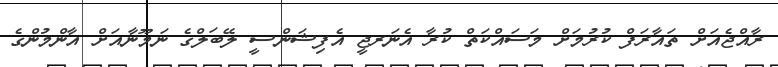
ރާއްޖެއަށް ތައާރަފް ކުރުމަށް މަސައްކަތް ކުރާ އެނަރޖީ އެފިޝަންސީ ލޭބަލްގެ ނަމޫނާއަށް އާންމުންގެ